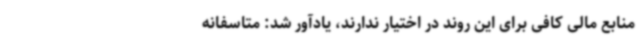
منابع مالی کافی برای این روند در اختیار ندارند، یادآور شد: متاسفانه